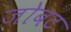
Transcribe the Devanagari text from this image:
जोबट